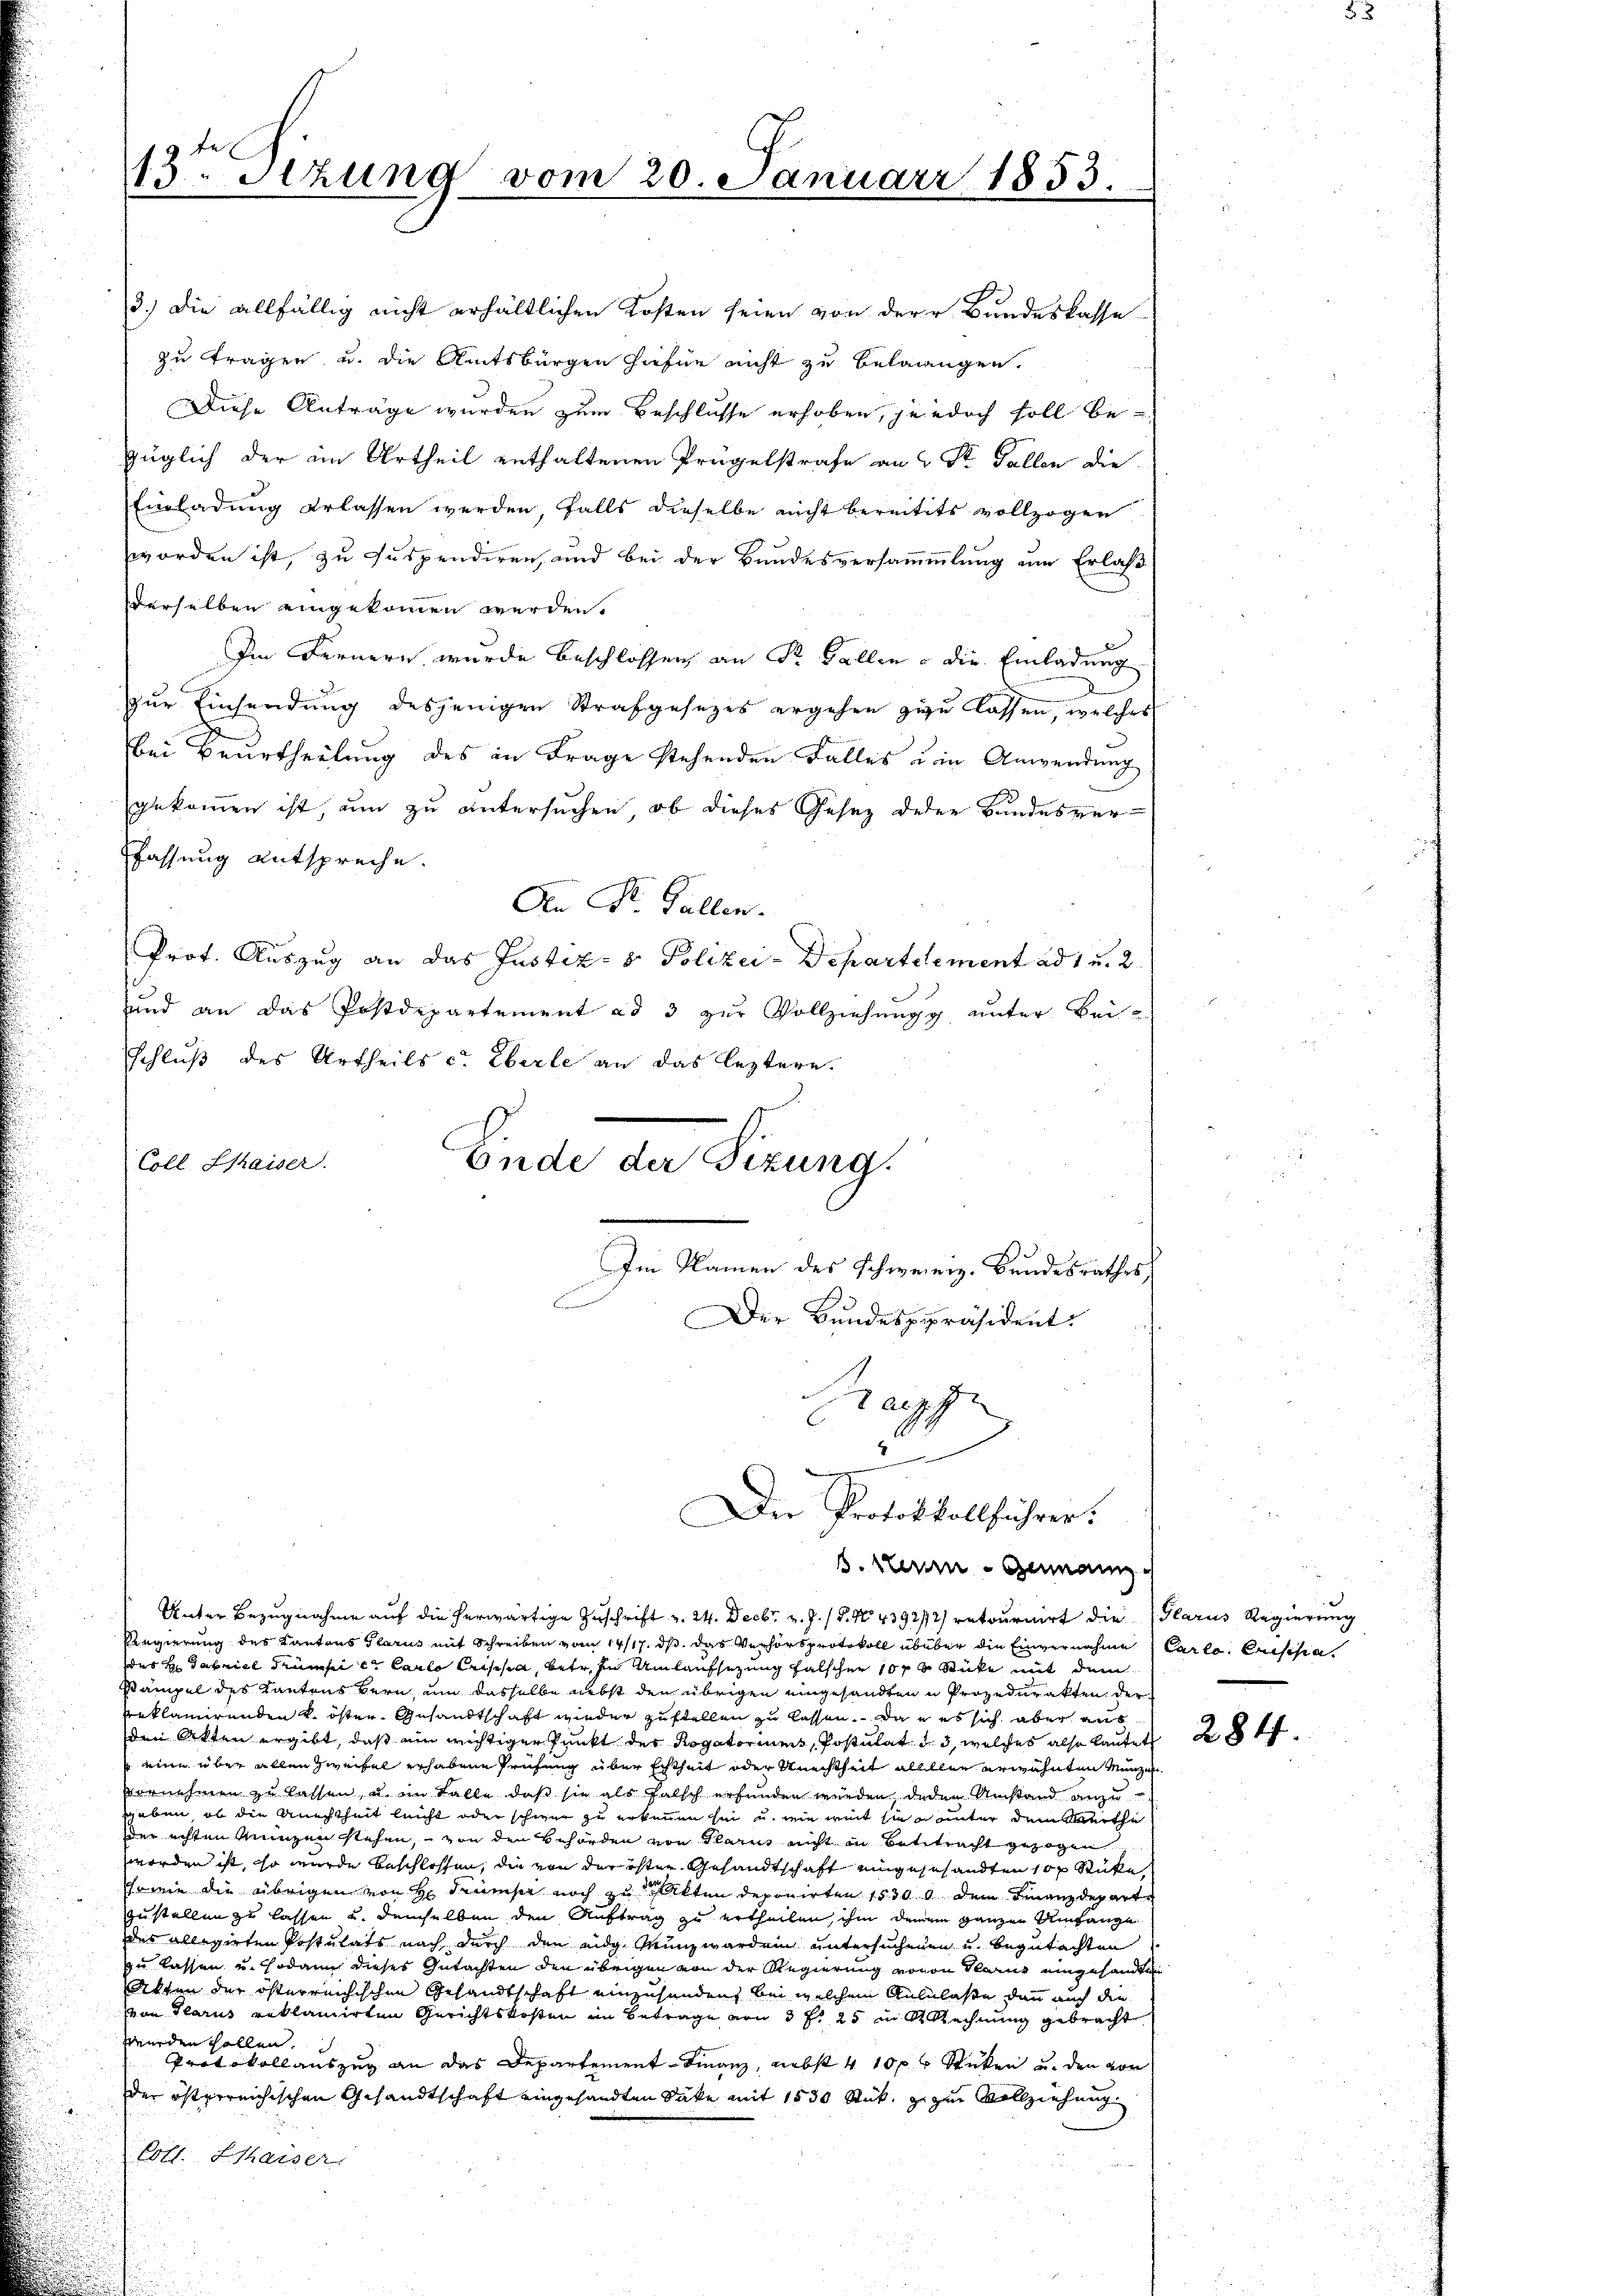
13. Sitzung vom 20. Januar 1853.

3.) Die allfällig nicht erhältlichen Kosten seien von der Bundeskasse
zu tragen u. die Amtsbürgen hiefür nicht zu belangen.
Diese Anträge wurden zum Beschlusse erhoben, jedoch soll bezüglich der im Urtheil enthaltenen Prügelstrafe an u St. Gallen die
Einladung erlassen werden, falls dieselbe nicht bereitets vollzogen
worden ist, zu suspendiren, und bei der Bundesversammlung um Erlaß
derselben eingekommen werden.
Im Fernern wurde beschlossen, an Sr. Gallen – die Einladung
zur Einsendung desjenigen Strafgesezes ergehen zu lassen, welches
bei Beurtheilung des in Frage stehenden Falles u in Anwendung
gekommen ist, um zu untersuchen, ob dieses Gesetz derer Bundesverfassung entspreche.
An St. Gallen.
Prot. Auszug an das Justiz- & Polizei-Departelement ad 1 u. 2.
und an das Postdepartement ad 3 zŭr Vollziehŭngg unter Bei-
Schluß des Urtheils c. Eberle an das leztere
Coll. Chaiser
Ende der Sizung.

Unter Bezugnahme auf die herwärtige Zuschrift v. 24. Decbr. v. J. P. No 439272) retournirt die Glarus Regierung
Regierung des Kantons Glarus mit Schreiben vom 14/17. ds. das Verhörsprotokoll übüber die Einvernahme (Carlo. Crisisia.
des H. Gabriel Trumpice Carlo Cristia, betr. In Umlaufsetzung falschen 1000 Stücke mit dem
Stämpel des Kantons Bern, um dasselbe nebst den übrigen eingesandten u Prozedurakten der
reklamirenden k. öster Gesandtschaft wieder zustellen zu lassen, da es sich aber aus
den Atten ergibt, daß ein wichtiger Punkt der Rogatoriums, Postulat d. 3, welches also lautet
eine über allen Zweifel erhabene Prüfung über Ertheit oder Rechtheit allllee erwähnten Munzi
vornehmen zu lassen, u. im Falle, daß sie als falsch erfunden würden jeden Umstand anzugeben, ob die Anechtheit leicht oder schwer zu erkennen hin u. wie weit sie unter dem Werthe
der achten Münzen stehen, von den Behörden von Glarus nicht in Bettracht gezogen
worden ist, so wurde beschlossen, die von der öster Gesandtschaft eingeschandten 100 Stücke
schrein die übrigen von H. Trams noch zu Alten deponirten 1530 dem Finanzdepart
zustellen zu lassen u. demselben den Auftrag zu ertheilen, ihm deinem ganzen Umfange
des allegirten Postulats nach durch den eidg. Münzwerden untersuchenen u. begutachten
zu lassen u. sodann dieses Gutachten den übrigen von der Regierung voron Glarus eingesandten
Atten der österreichischen Gesandtschaft einzusenden, bei welchem Anlilasse dann auch die
von Glarus reklamirten Gerichtskosten im Betrage von 3 f. 25 in Rechnung gebracht
werden sollen.
Protokollauszug an das Departement Finanz, nebst 410 f 6 Sticken u. den von
der österreichischen Gesandtschaft eingesandten Säke mit 1530 Stück, zu zu Vollziehung
Coll. Staiser.

Im Namen des Schwererz. Bundesrathes

Der Bundespräsident.

Pazze
2
Die Protokollführer.
s. Mein Gemein

284.